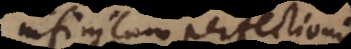
infinitam perfectionis